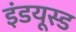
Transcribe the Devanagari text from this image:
इंडयूस्ड